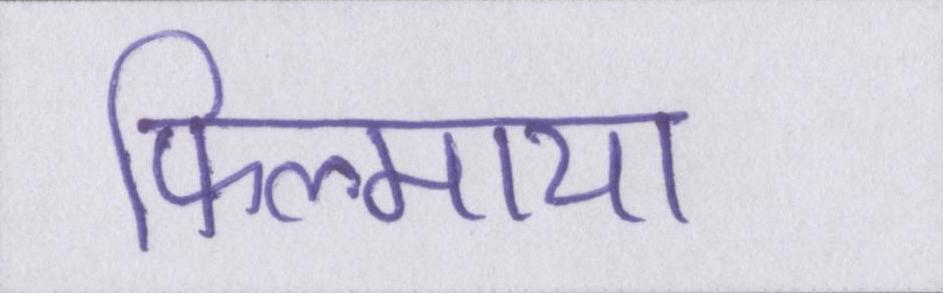
फिल्माया